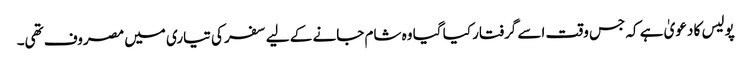
پولیس کا دعویٰ ہے کہ جس وقت اسے گرفتار کیا گیا وہ شام جانے کے لیے سفر کی تیاری میں مصروف تھی۔